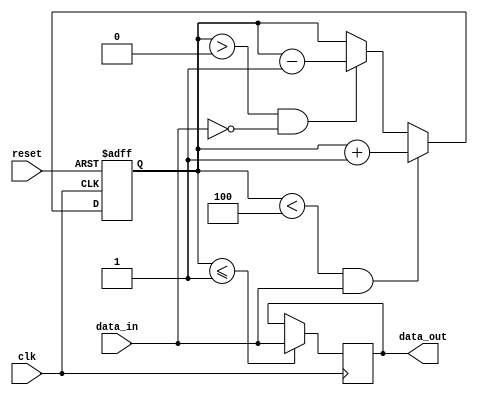
module almost_empty_fifo (
    input wire clk, // Clock signal
    input wire reset, // Reset signal
    input wire data_in, // Input data signal
    output reg data_out // Output data signal
);

reg [3:0] count; // Counter to keep track of buffer status

always @ (posedge clk or posedge reset) begin
    if (reset) begin
        count <= 0;
    end else begin
        if (count < 4 && data_in) begin
            count <= count + 1;
        end else if (count > 0 && !data_in) begin
            count <= count - 1;
        end
    end
end

// Synchronize input data with clock signal
always @ (posedge clk) begin
    if (count <= 1) begin
        data_out <= data_in;
    end
end

endmodule